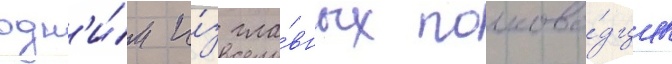
одн'и́м и́з гла́вных полково́дцев